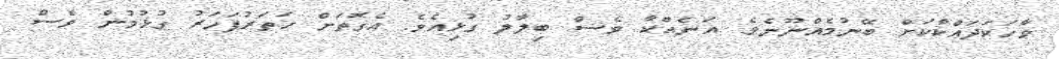
ވާހަކަދައްކާކަށް ބޭނުމެއްނޫނެވެ. އަނެއްކާ ވެސް ބިލާލު ގުޅިއެވެ. އެގޮތަށް ހަތަރުފަހަރު ގުޅުމުން ވެސް